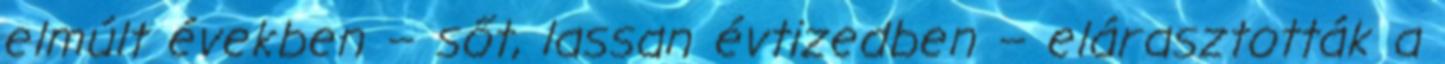
elmúlt években – sőt, lassan évtizedben – elárasztották a